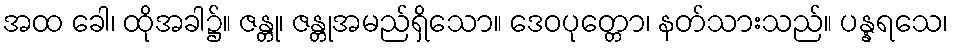
အထ ခေါ၊ ထိုအခါ၌။ ဇန္တု၊ ဇန္တုအမည်ရှိသော။ ဒေဝပုတ္တော၊ နတ်သားသည်။ ပန္နရသေ၊